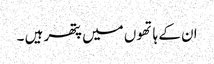
ان کے ہاتھوں میں پتھر ہیں ۔